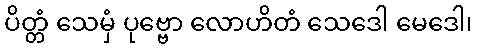
ပိတ္တံ သေမှံ ပုဗ္ဗော လောဟိတံ သေဒေါ မေဒေါ၊